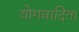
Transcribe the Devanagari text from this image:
योगवादिता